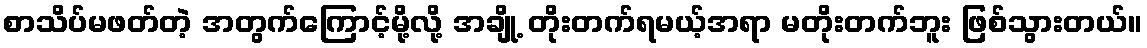
စာသိပ်မဖတ်တဲ့ အတွက်ကြောင့်မို့လို့ အချို့ တိုးတက်ရမယ့်အရာ မတိုးတက်ဘူး ဖြစ်သွားတယ်။